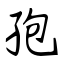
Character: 孢